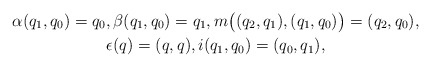
\begin{gather*} \alpha ( q _1 , q _0 ) = q _0 , \beta ( q _1 , q _0 ) = q _1 , m \bigl( ( q _2 , q _1 ) , ( q _1 , q _0 ) \bigr) = ( q _2 , q _0 ) ,\\ \epsilon (q) = ( q, q ) , i ( q _1 , q _0 ) = ( q _0, q _1 ) , \end{gather*}